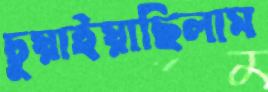
চুয়াইয়াছিলাম